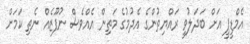
އެމްޑީޕީ އަށް ބަދަލުވީ ރައްޔިތުންގެ އެދުމުގެ މަތިން އެއްވެސް ނުފޫޒެއް ނެތި ކަމަށް